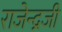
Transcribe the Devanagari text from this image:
राजेन्द्रजी